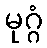
မုဂ္ဂံ